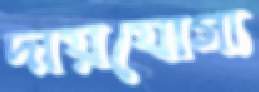
দায়যোগ্য